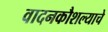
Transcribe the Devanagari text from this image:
वादनकौशल्याचे